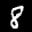
Label: 8